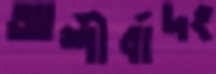
আশীর্বাদং